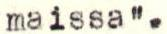
maissa".